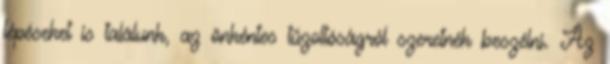
lépéseket is találunk, az önkéntes tűzoltóságról szeretnék beszélni. Az